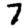
Digit: 7